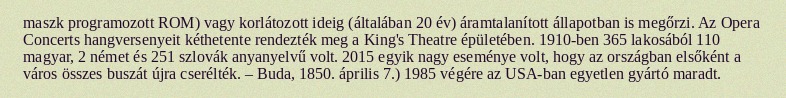
maszk programozott ROM) vagy korlátozott ideig (általában 20 év) áramtalanított állapotban is megőrzi. Az Opera Concerts hangversenyeit kéthetente rendezték meg a King's Theatre épületében. 1910-ben 365 lakosából 110 magyar, 2 német és 251 szlovák anyanyelvű volt. 2015 egyik nagy eseménye volt, hogy az országban elsőként a város összes buszát újra cserélték. – Buda, 1850. április 7.) 1985 végére az USA-ban egyetlen gyártó maradt.